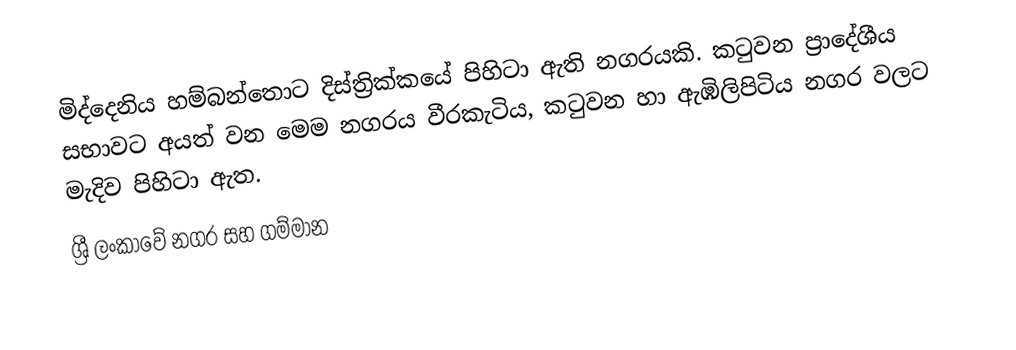
මිද්දෙනිය හම්බන්තොට දිස්ත්‍රික්කයේ පිහිටා ඇති නගරයකි. කටුවන ප්‍රාදේශීය සභාවට අයත් වන මෙම නගරය වීරකැටිය, කටුවන හා ඇඹිලිපිටිය නගර වලට මැදිව පිහිටා ඇත.
ශ්‍රී ලංකාවේ නගර සහ ගම්මාන